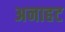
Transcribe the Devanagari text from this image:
अनाहट